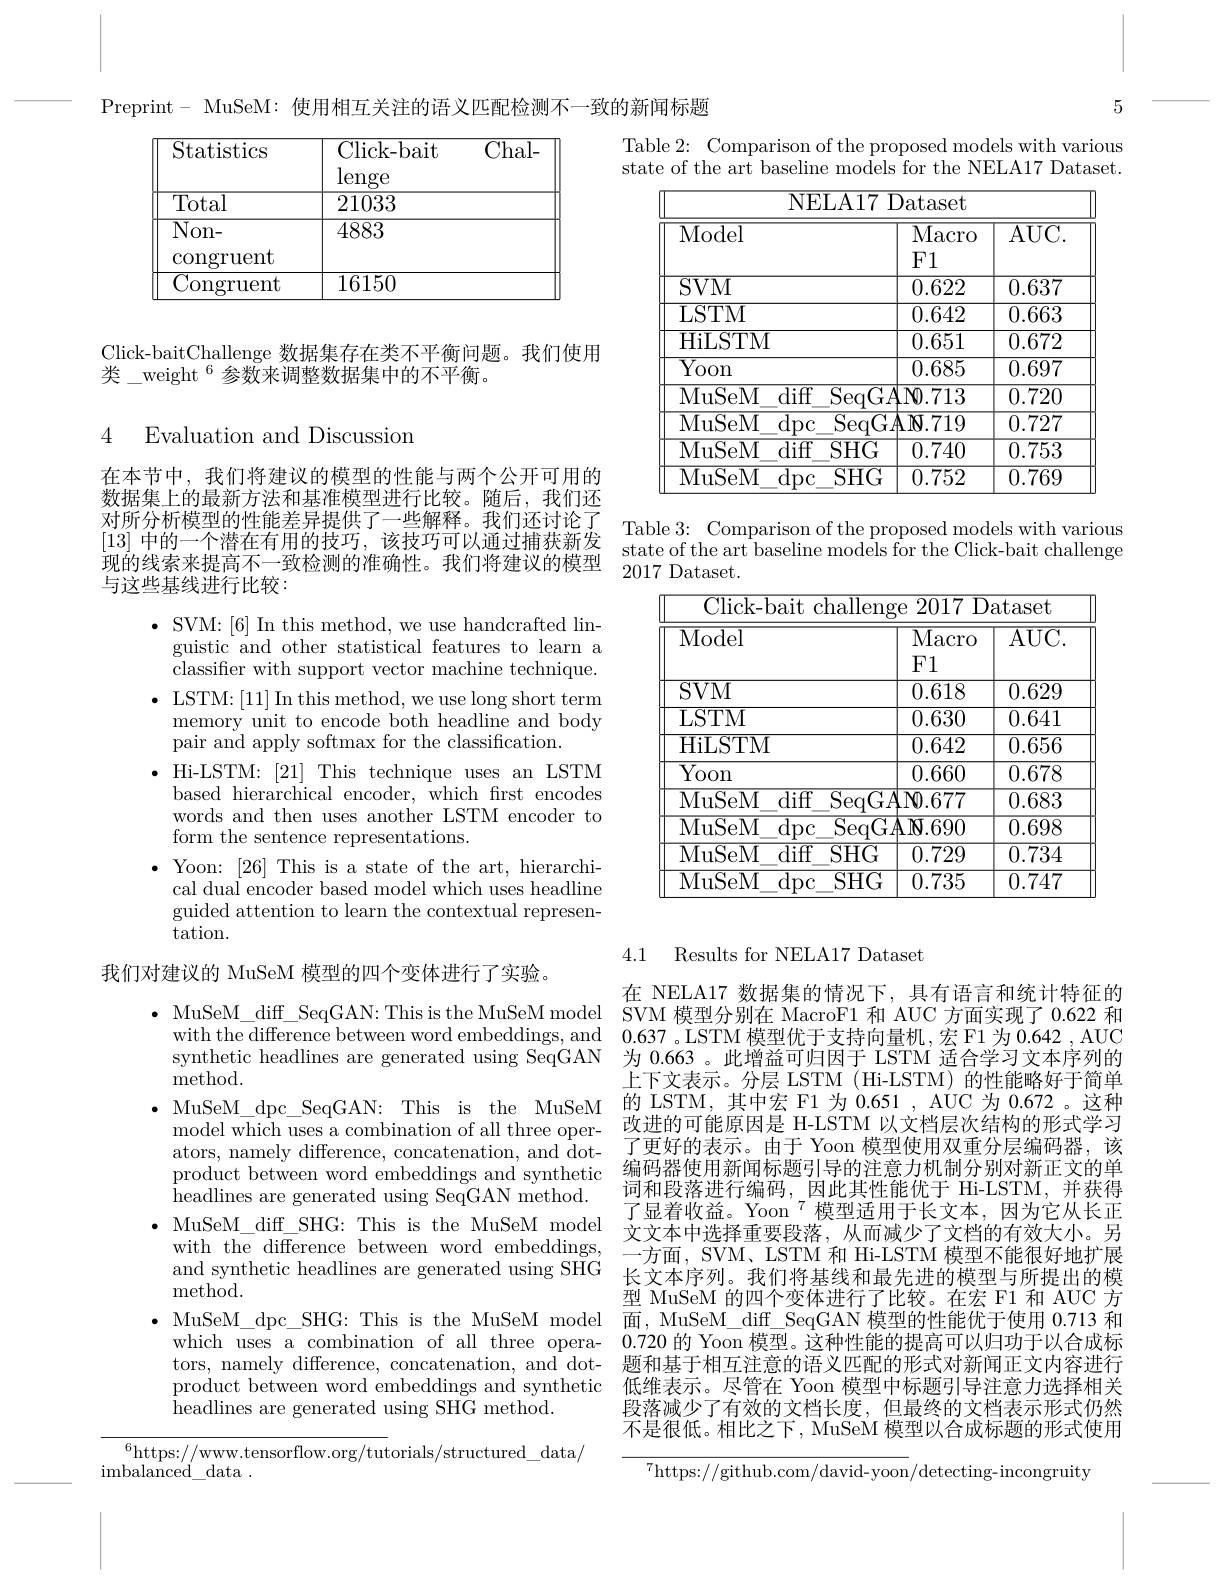
<table>
	<tbody>
		<tr>
			<td>Statistics</td>
			<td>Click- bait $\operatorname{lenge}$</td>
			<td>$\overline{\mathrm{Chal-}}$</td>
		</tr>
		<tr>
			<td>Total</td>
			<td>21033</td>
			<td> </td>
		</tr>
		<tr>
			<td>Congruent</td>
			<td>16150</td>
			<td> </td>
		</tr>
	</tbody>
</table>

Click-baitChallenge 数据集存在类不平衡问题。我们使用
类\_weight\_$^{6}\bar{\text{参数来调整数据集中的不平衡。}}$

4 Evaluation and Discussion

在本节中，我们将建议的模型的性能与两个公开可用的数据集上的最新方法和基准模型进行比较。随后，我们还对所分析模型的性能差异提供了一些解释。我们还讨论了$\begin{array}{lllll}[13]\text{ 中的一个潜在有用的技巧，该技巧可以通过捕获新发}&\mathrm{1aue~3.~Compaison~or~the~plopsed~models~for~the~Click-bait~challenge}\\[13]\text{ 中的一个潜在有用的技巧，该技巧可以通过捕获新发}&\mathrm{state~of~the~art~baseline~models~for~the~Click-bait~challenge}\end{array}$
与这些基线进行比较：

$\bullet$ SVM:[6] In this method, we use handcrafted lin-
guistic and other statistical features to learn a classifer with support vector machine technique.
$\bullet$ LSTM:[11]In this method, we use long short term
memory unit to encode both headline and body
pair and apply softmax for the classification.
Hi-LSTM: [21] This technique uses an LSTM based hierarchical encoder, which frst encodes words and then uses another LSTM encoder to form the sentence representations.
$\bullet$ Yoon: [26] This is a state of the art, hierarchi-
cal dual encoder based model which uses headline guided attention to learn the contextual representation.

我们对建议的 MuSeM 模型的四个变体进行了实验。

synthetic headlines are generated using SeqGAN
method.
${\mathrm{model~which~uses~a~combination~of~all~three~oper-}}$ ators, namely difference, concatenation, and dot- ${\tilde{\text{headlines are generated using SeqGAN method}}}.$ with the difference between word embeddings, and synthetic headlines are generated using SHG method.
product between word embeddings and synthetic
headlines are generated using SHG method.

${^{6}\mathrm{https://www.tensorflow.org/tut}}$orials/structured\_data/
${\mathrm{imbalanced}}_{\mathrm{data}}.$

5

Preprint- MuSeM: 使用相互关注的语义匹配检测不一致的新闻标题

Table 2: Comparison of the proposed models with various state of the art baseline models for the NELA17 Dataset.

<table>
	<tbody>
		<tr>
			<th>NELA17 I Model</th>
			<th>Dataset $\overline{\mathrm{Macro}}$ $F1$</th>
			<th>$\overline{\mathrm{AUC}}$</th>
		</tr>
		<tr>
			<td>MuSeM diff $SHG$</td>
			<td>Y 0.740</td>
			<td>$\overline{0.753}$</td>
		</tr>
		<tr>
			<td>MuSeM $\operatorname{dpc}$ $SHG$</td>
			<td>0.752</td>
			<td>0.769</td>
		</tr>
	</tbody>
</table>

Table 3: Comparison of the proposed models with various
2017 Dataset.

<table>
	<tbody>
		<tr>
			<th>Model</th>
			<th>$\overline{\mathrm{Macro}}$ $F1$</th>
			<th>$\overline{\mathrm{AUC}}$</th>
		</tr>
		<tr>
			<td>$\mathbf{LI}$ MuSeM diff SeqG</td>
			<td>$\mathbf{M}_{0.677}$</td>
			<td>$\Phi\Psi$</td>
		</tr>
		<tr>
			<td>7 dpc MuSeM SeqG</td>
			<td>$\mathbf{A}\mathbf{N}.690$</td>
			<td>$\textbf{10VV}$ 0.698</td>
		</tr>
		<tr>
			<td>MuSeM diff $SHG$</td>
			<td>$\mathbf{V}$ 0.729</td>
			<td>1 1 1 0.734</td>
		</tr>
		<tr>
			<td>MuSeM dpc $SHG$</td>
			<td>0.735</td>
			<td>0.747</td>
		</tr>
	</tbody>
</table>

## 4.1 Results for NELA17 Dataset

在 NELA17 数据集的情况下，具有语言和统计特征的
$\bullet$ MuSeM\_dif\_SeqGAN:This is the MuSeM model $\bar{\text{SVM 模型分别在 MacroF1 和 AUC 方面实现了 }}0.622$和
with the difference between word embeddings, and 0.637。LSTM 模型优于支持向量机，宏 F1 为 0.642 , AUC
为 0.663 。此增益可归因于 LSTM 适合学习文本序列的上下文表示。分层 LSTM (Hi-LSTM) 的性能略好于简单
$\bullet$ MuSeM\_dpc\_SeqGAN: This is the MuSeM 的 LSTM,其中宏 F1 为0.651, AUC 为0.672。这种
改进的可能原因是 H-LSTM 以文档层次结构的形式学习了更好的表示。由于 Yoon 模型使用双重分层编码器，该
product between word embeddings and synthetic 编码器使用新闻标题引导的注意力机制分别对新正文的单product between word embeddings and synthetic $\begin{array}{l}\text{编码器使用新闻标题引导的注意力机制分别对新正文的单}\\\text{词和熙落并行编码 因此甘姓能优王 H-LSTM 羊在得}\end{array}$
词和段落进行编码，因此其性能优于 Hi-LSTM,并获得了显着收益。Yoon$^{7}$模型适用于长文本，因为它从长正
$\bullet$ MuSeM\_diff\_SHG: This is the MuSeM model 文文本中选择重要段落，从而减少了文档的有效大小。另
一方面，SVM、LSTM 和 Hi-LSTM 模型不能很好地扩展长文本序列。我们将基线和最先进的模型与所提出的模型 MuSeM 的四个变体进行了比较。在宏 F1 和 AUC 方
· MuSeM\_dpc\_SHG: This is the MuSeM model 面，MuSeM\_diff\_SeqGAN 模型的性能优于使用 0.713 和
which uses a combination of all three opera- 0.720的 Yoon 模型。这种性能的提高可以归功于以合成标tors, namely difference, concatenation, and dot- 题和基于相互注意的语义匹配的形式对新闻正文内容进行
低维表示。尽管在 Yoon 模型中标题引导注意力选择相关段落减少了有效的文档长度，但最终的文档表示形式仍然不是很低。相比之下，MuSeM 模型以合成标题的形式使用

$^{7}$https://github.com/david-yoon/detecting-incongruity